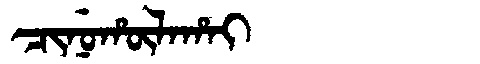
Manchu: ᠴᡳᠨᡠᡥᡡᠯᠠᡥᠠᡳ
Romanization: CINUHŪLAHAI